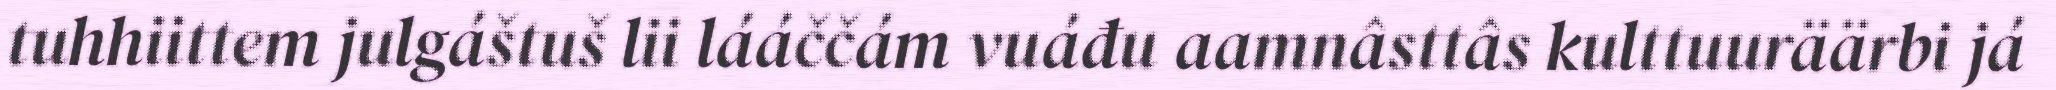
tuhhiittem julgáštuš lii lááččám vuáđu aamnâsttâs kulttuuräärbi já